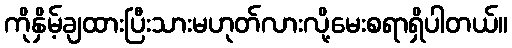
ကိုနှိမ့်ချထားပြီးသားမဟုတ်လားလို့မေးစရာရှိပါတယ်။